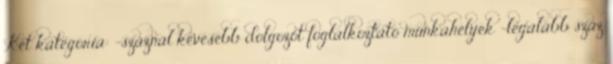
Két kategória: −száznál kevesebb dolgozót foglalkoztató munkahelyek −legalább száz